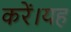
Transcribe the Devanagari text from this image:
करें।यह